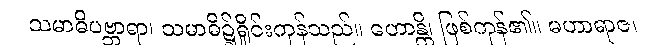
သမာဓိပဗ္ဘာရာ၊ သမာဓိ၌ရှိုင်းကုန်သည်။ ဟောန္တိ၊ ဖြစ်ကုန်၏။ မဟာရာဇ၊